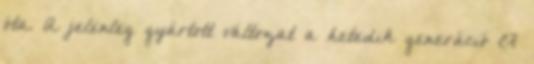
óta. A jelenleg gyártott változat a hetedik generáció C7